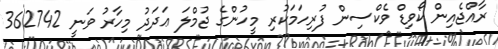
ރާއްޖެއިން ކޯވިޑް ވެކްސިން ފުރިހަމަކުރި މީހުންގެ ޖުމްލަ ޢަދަދު މިހާރު ވަނީ 362742